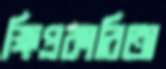
ক্ষিপ্রকারিতা